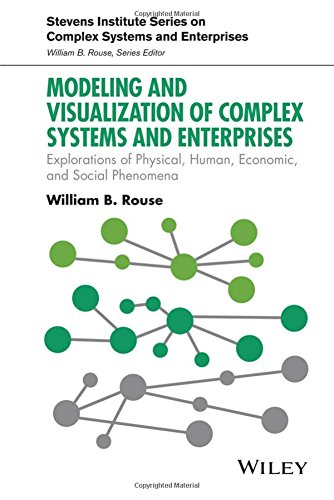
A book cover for Modeling and Visualization of Complex Systems and Enterprises: Explorations of Physical, Human, Economic, and Social Phenomena (Stevens Institute Series on Complex Systems and Enterprises); William B. Rouse; Science & Math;